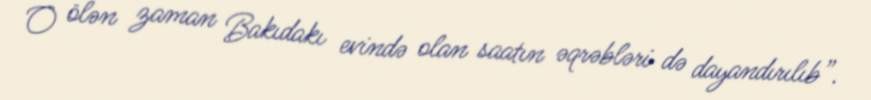
O ölən zaman Bakıdakı evində olan saatın əqrəbləri də dayandırılıb”.